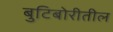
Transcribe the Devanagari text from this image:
बुटिबोरीतील